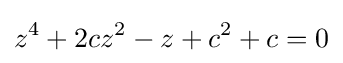
z^{4}+2cz^{2}-z+c^{2}+c=0